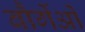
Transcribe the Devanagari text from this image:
बौर्गेओं